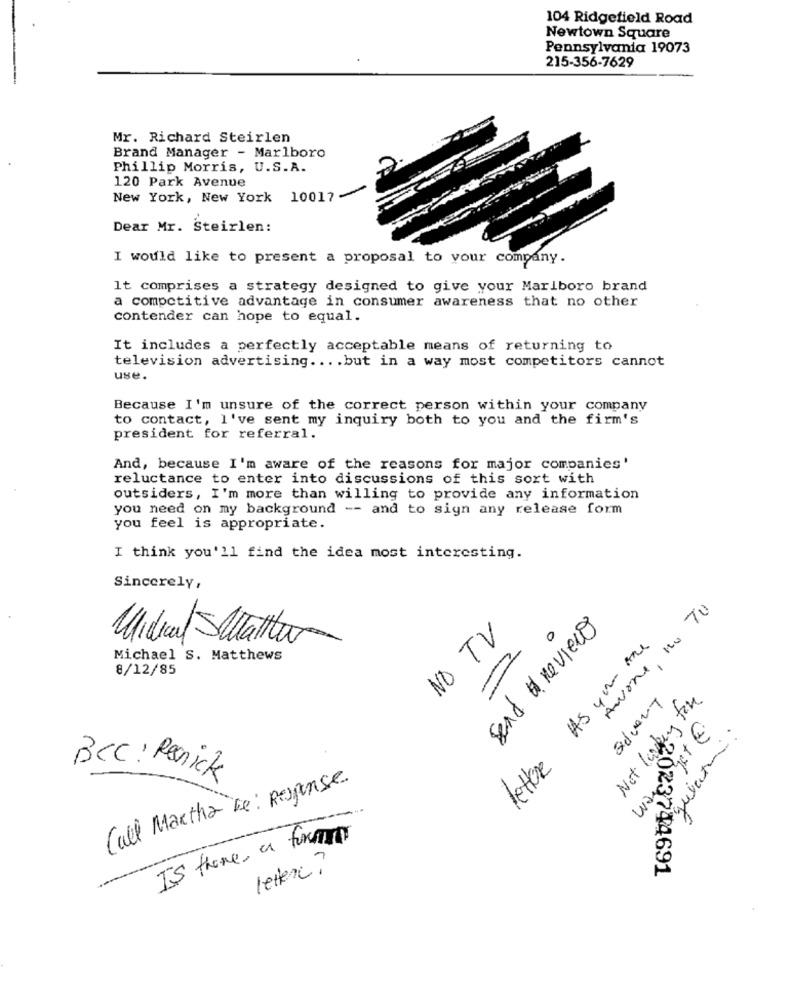
104 Ridgefield Road
Newtown Square
Pennsylvania 19073
215-356-7629
Mr. Richard Steirlen
Brand Manager - Marlboro
Phillip Morris, U.S.A.
120 Park Avenue
New York, New York 10017
Dear Mr. Steirlen:
I would like to present a proposal to your company.
It comprises a strategy designed to give your Marlboro brand
a competitive advantage in consumer awareness that no other
contender can hope to equal.
It includes a perfectly acceptable means of returning to
television advertising .... but in a way most competitors cannot
use.
Because I'm unsure of the correct person within your company
to contact, I've sent my inquiry both to you and the firm's
president for referral.
And, because I'm aware of the reasons for major companies'
reluctance to enter into discussions of this sort with
outsiders, I'm more than willing to provide any information
you need on my background -- and to sign any release form
you feel is appropriate.
I think you'll find the idea most interesting.
Sincerely,
Avone, no TO
NO TV
send # reviewo
Midial Setalla
0
As you are
Michael S. Matthews
8/12/85
Sovery
Not leaving for
gulation:
lettere
BCC : Penick
Call Martha Le: Response
Is there a four
leiterc?
23744691